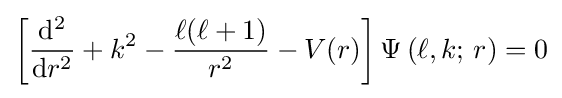
\left[{\frac {\mathrm {d} ^{2}}{\mathrm {d} r^{2}}}+k^{2}-{\frac {\ell (\ell +1)}{r^{2}}}-V(r)\right]\Psi \left(\ell ,k;\,r\right)=0